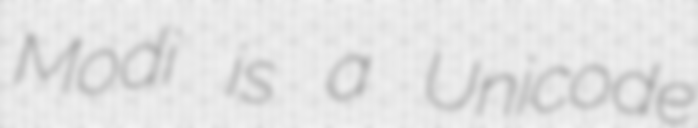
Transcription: Modi is a Unicode